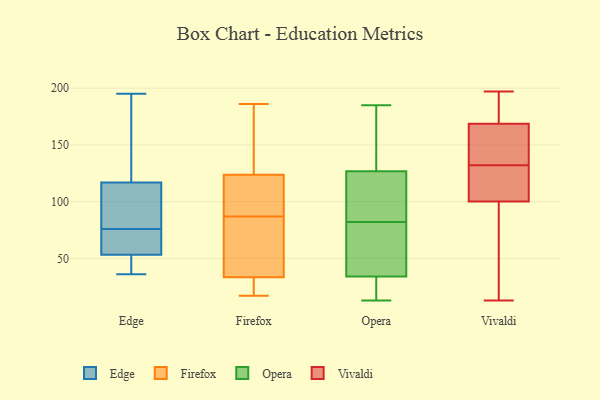
{"axis": {"x": "Gross Profit (USD K)", "y": "Value"}, "legend": ["Edge", "Firefox", "Opera", "Vivaldi"], "data": [{"x": "", "y": 40, "type": "Edge"}, {"x": "", "y": 106, "type": "Edge"}, {"x": "", "y": 112, "type": "Edge"}, {"x": "", "y": 51, "type": "Edge"}, {"x": "", "y": 45, "type": "Edge"}, {"x": "", "y": 76, "type": "Edge"}, {"x": "", "y": 132, "type": "Edge"}, {"x": "", "y": 82, "type": "Edge"}, {"x": "", "y": 102, "type": "Edge"}, {"x": "", "y": 185, "type": "Edge"}, {"x": "", "y": 73, "type": "Edge"}, {"x": "", "y": 54, "type": "Edge"}, {"x": "", "y": 65, "type": "Edge"}, {"x": "", "y": 195, "type": "Edge"}, {"x": "", "y": 74, "type": "Edge"}, {"x": "", "y": 36, "type": "Edge"}, {"x": "", "y": 155, "type": "Edge"}, {"x": "", "y": 19, "type": "Firefox"}, {"x": "", "y": 180, "type": "Firefox"}, {"x": "", "y": 17, "type": "Firefox"}, {"x": "", "y": 94, "type": "Firefox"}, {"x": "", "y": 71, "type": "Firefox"}, {"x": "", "y": 132, "type": "Firefox"}, {"x": "", "y": 99, "type": "Firefox"}, {"x": "", "y": 87, "type": "Firefox"}, {"x": "", "y": 186, "type": "Firefox"}, {"x": "", "y": 82, "type": "Firefox"}, {"x": "", "y": 21, "type": "Firefox"}, {"x": "", "y": 82, "type": "Opera"}, {"x": "", "y": 27, "type": "Opera"}, {"x": "", "y": 185, "type": "Opera"}, {"x": "", "y": 73, "type": "Opera"}, {"x": "", "y": 64, "type": "Opera"}, {"x": "", "y": 136, "type": "Opera"}, {"x": "", "y": 138, "type": "Opera"}, {"x": "", "y": 22, "type": "Opera"}, {"x": "", "y": 30, "type": "Opera"}, {"x": "", "y": 95, "type": "Opera"}, {"x": "", "y": 13, "type": "Opera"}, {"x": "", "y": 127, "type": "Opera"}, {"x": "", "y": 53, "type": "Opera"}, {"x": "", "y": 125, "type": "Opera"}, {"x": "", "y": 126, "type": "Opera"}, {"x": "", "y": 116, "type": "Opera"}, {"x": "", "y": 23, "type": "Opera"}, {"x": "", "y": 165, "type": "Opera"}, {"x": "", "y": 46, "type": "Opera"}, {"x": "", "y": 197, "type": "Vivaldi"}, {"x": "", "y": 168, "type": "Vivaldi"}, {"x": "", "y": 107, "type": "Vivaldi"}, {"x": "", "y": 13, "type": "Vivaldi"}, {"x": "", "y": 156, "type": "Vivaldi"}, {"x": "", "y": 197, "type": "Vivaldi"}, {"x": "", "y": 61, "type": "Vivaldi"}, {"x": "", "y": 127, "type": "Vivaldi"}, {"x": "", "y": 132, "type": "Vivaldi"}, {"x": "", "y": 169, "type": "Vivaldi"}, {"x": "", "y": 109, "type": "Vivaldi"}, {"x": "", "y": 157, "type": "Vivaldi"}, {"x": "", "y": 180, "type": "Vivaldi"}, {"x": "", "y": 61, "type": "Vivaldi"}, {"x": "", "y": 98, "type": "Vivaldi"}]}